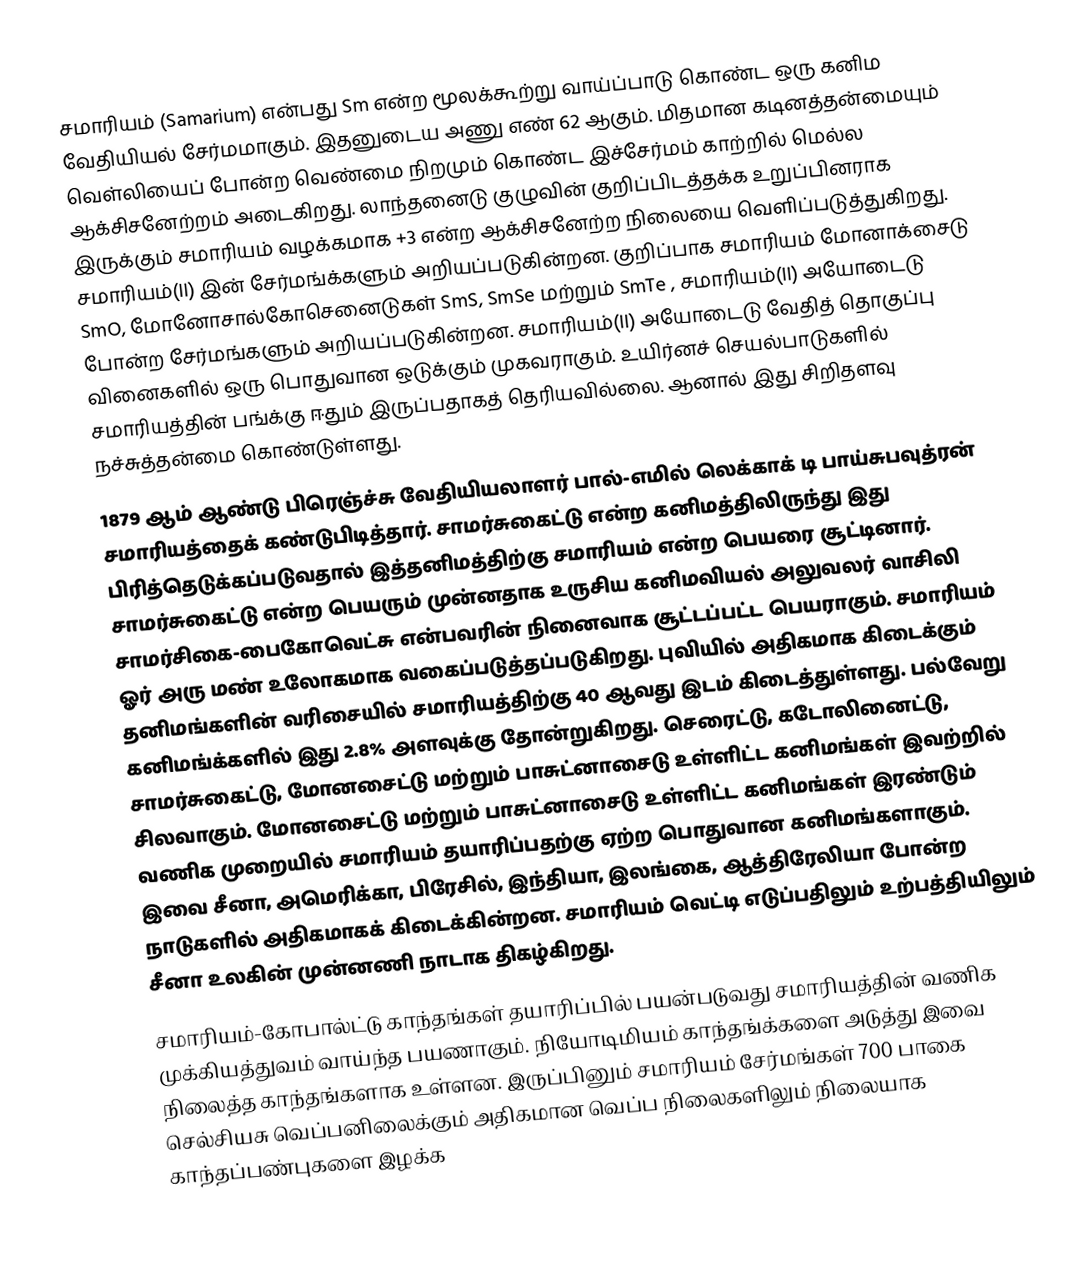
சமாரியம் (Samarium) என்பது Sm என்ற மூலக்கூற்று வாய்ப்பாடு கொண்ட ஒரு கனிம வேதியியல் சேர்மமாகும். இதனுடைய அணு எண் 62 ஆகும். மிதமான கடினத்தன்மையும் வெள்லியைப் போன்ற வெண்மை நிறமும் கொண்ட இச்சேர்மம் காற்றில் மெல்ல ஆக்சிசனேற்றம் அடைகிறது. லாந்தனைடு குழுவின் குறிப்பிடத்தக்க உறுப்பினராக இருக்கும் சமாரியம் வழக்கமாக +3 என்ற ஆக்சிசனேற்ற நிலையை வெளிப்படுத்துகிறது. சமாரியம்(II) இன் சேர்மங்க்களும் அறியப்படுகின்றன. குறிப்பாக சமாரியம் மோனாக்சைடு SmO, மோனோசால்கோசெனைடுகள் SmS, SmSe மற்றும் SmTe , சமாரியம்(II) அயோடைடு போன்ற சேர்மங்களும் அறியப்படுகின்றன.  சமாரியம்(II) அயோடைடு வேதித் தொகுப்பு வினைகளில் ஒரு பொதுவான ஒடுக்கும் முகவராகும்.  உயிர்னச் செயல்பாடுகளில் சமாரியத்தின் பங்க்கு ஈதும் இருப்பதாகத் தெரியவில்லை. ஆனால் இது சிறிதளவு நச்சுத்தன்மை கொண்டுள்ளது.
1879 ஆம் ஆண்டு பிரெஞ்ச்சு வேதியியலாளர் பால்-எமில் லெக்காக் டி பாய்சுபவுத்ரன் சமாரியத்தைக் கண்டுபிடித்தார். சாமர்சுகைட்டு என்ற கனிமத்திலிருந்து இது பிரித்தெடுக்கப்படுவதால் இத்தனிமத்திற்கு சமாரியம் என்ற பெயரை சூட்டினார். சாமர்சுகைட்டு என்ற பெயரும் முன்னதாக உருசிய கனிமவியல் அலுவலர் வாசிலி சாமர்சிகை-பைகோவெட்சு என்பவரின் நினைவாக சூட்டப்பட்ட பெயராகும். சமாரியம் ஓர் அரு மண் உலோகமாக வகைப்படுத்தப்படுகிறது.  புவியில் அதிகமாக கிடைக்கும் தனிமங்களின் வரிசையில் சமாரியத்திற்கு 40 ஆவது இடம் கிடைத்துள்ளது. பல்வேறு கனிமங்க்களில் இது 2.8% அளவுக்கு தோன்றுகிறது. செரைட்டு, கடோலினைட்டு, சாமர்சுகைட்டு, மோனசைட்டு மற்றும் பாசுட்னாசைடு உள்ளிட்ட கனிமங்கள் இவற்றில் சிலவாகும். மோனசைட்டு மற்றும் பாசுட்னாசைடு உள்ளிட்ட கனிமங்கள் இரண்டும் வணிக முறையில் சமாரியம் தயாரிப்பதற்கு ஏற்ற பொதுவான கனிமங்களாகும். இவை சீனா, அமெரிக்கா, பிரேசில், இந்தியா, இலங்கை, ஆத்திரேலியா போன்ற நாடுகளில் அதிகமாகக் கிடைக்கின்றன. சமாரியம் வெட்டி எடுப்பதிலும் உற்பத்தியிலும் சீனா உலகின் முன்னணி நாடாக திகழ்கிறது.
சமாரியம்-கோபால்ட்டு காந்தங்கள் தயாரிப்பில் பயன்படுவது சமாரியத்தின் வணிக முக்கியத்துவம் வாய்ந்த பயணாகும். நியோடிமியம் காந்தங்க்களை அடுத்து இவை நிலைத்த காந்தங்களாக உள்ளன. இருப்பினும் சமாரியம் சேர்மங்கள் 700 பாகை செல்சியசு வெப்பனிலைக்கும் அதிகமான வெப்ப நிலைகளிலும் நிலையாக காந்தப்பண்புகளை இழக்க